Civil Veterinary Department Bengal reports 1923-33 - 1923-1933
Year: 1923
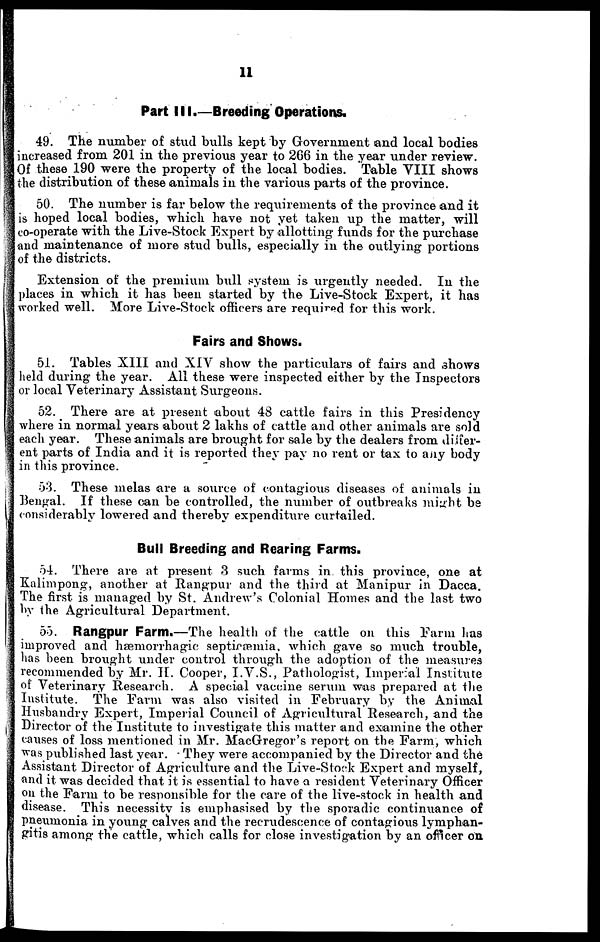
11
Part III.—Breeding Operations.
49. The number of stud bulls kept by Government and local bodies
increased from 201 in the previous year to 266 in the year under review.
Of these 190 were the property of the local bodies. Table VIII shows
the distribution of these animals in the various parts of the province.
50. The number is far below the requirements of the province and it
is hoped local bodies, which have not yet taken up the matter, will
co-operate with the Live-Stock Expert by allotting funds for the purchase
and maintenance of more stud bulls, especially in the outlying portions
of the districts.
Extension of the premium bull system is urgently needed. In the
places in which it has been started by the Live-Stock Expert, it has
worked well. More Live-Stock officers are required for this work.
Fairs and Shows.
51. Tables XIII and XIV show the particulars of fairs and shows
held during the year. All these were inspected either by the Inspectors
or local Veterinary Assistant Surgeons.
52. There are at present about 48 cattle fairs in this Presidency
where in normal years about 2 lakhs of cattle and other animals are sold
each year. These animals are brought for sale by the dealers from differ-
ent parts of India and it is reported they pay no rent or tax to any body
in this province.
53. These melas are a source of contagious diseases of animals in
Bengal. If these can be controlled, the number of outbreaks might be
considerably lowered and thereby expenditure curtailed.
Bull Breeding and Rearing Farms.
54. There are at present 3 such farms in this province, one at
Kalimpong, another at Rangpur and the third at Manipur in Dacca.
The first is managed by St. Andrew's Colonial Homes and the last two
by the Agricultural Department.
55. Rangpur Farm.—The health of the cattle on this Farm has
improved and hæmorrhagic septicæmia, which gave so much trouble,
has been brought under control through the adoption of the measures
recommended by Mr. H. Cooper, I.V.S., Pathologist, Imperial Institute
of Veterinary Research. A special vaccine serum was prepared at the
Institute. The Farm was also visited in February by the Animal
Husbandry Expert, Imperial Council of Agricultural Research, and the
Director of the Institute to investigate this matter and examine the other
causes of loss mentioned in Mr. MacGregor's report on the Farm, which
was published last year. They were accompanied by the Director and the
Assistant Director of Agriculture and the Live-Stock Expert and myself,
and it was decided that it is essential to have a resident Veterinary Officer
on the Farm to be responsible for the care of the live-stock in health and
disease. This necessity is emphasised by the sporadic continuance of
pneumonia in young calves and the recrudescence of contagious lymphan-
gitis among the cattle, which calls for close investigation by an officer on,